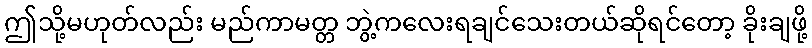
ဤသို့မဟုတ်လည်း မည်ကာမတ္တ ဘွဲ့ကလေးရချင်သေးတယ်ဆိုရင်တော့ ခိုးချဖို့